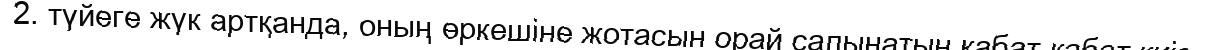
2. түйеге жүк артқанда, оның өркешіне жотасын орай салынатын қабат-қабат киіз.